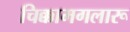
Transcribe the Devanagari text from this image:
चिक्कामगलारू